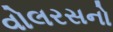
વોલરસનો